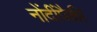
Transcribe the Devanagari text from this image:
नोंदींपैकी